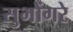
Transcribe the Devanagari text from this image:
सुभोंगरे